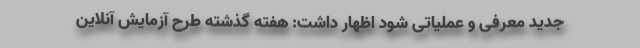
جدید معرفی و عملیاتی شود اظهار داشت: هفته گذشته طرح آزمایش آنلاین